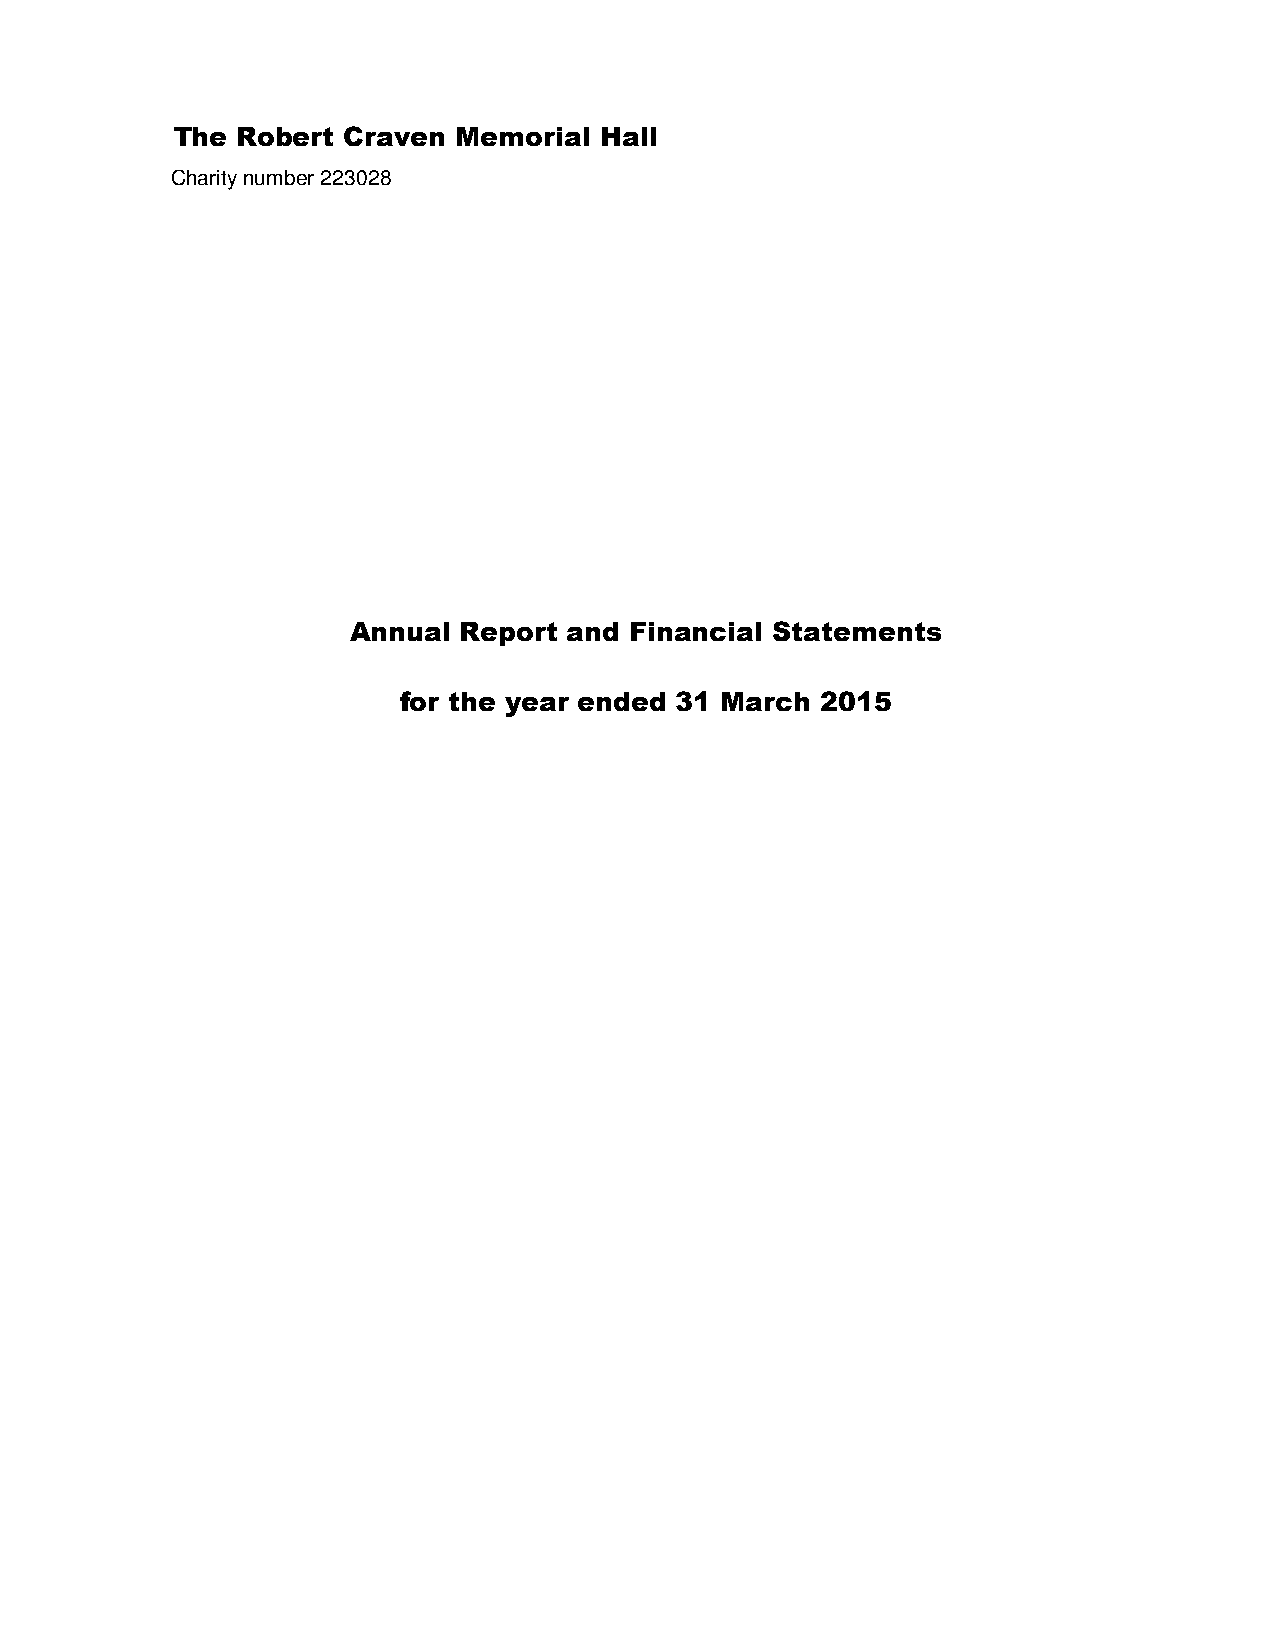
The  Robert Craven Memorial  Hall
 Charity number 223028
 Annual Report  and Financial Statements
 for the year ended 31 March 2015